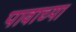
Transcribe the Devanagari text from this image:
पावाच्या